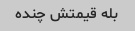
بله قیمتش چنده